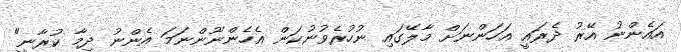
އައެންނު އޭރު ދެރައީ އަހަންނަށް މާލޭގައި ނުހުރެވުނުކަން އެހެންނޫންނަމަ އެންނު ދިމާ ކުރާނީ"